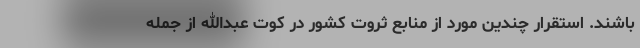
باشند. استقرار چندین مورد از منابع ثروت کشور در کوت عبدالله از جمله